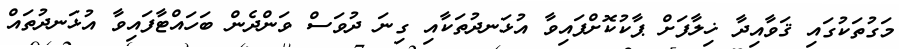
މަގުތަކުގައި ޤަވާއިދާ ޚިލާފަށް ޕާކުކޮށްފައިވާ އުޅަނދުތަކާއި ގިނަ ދުވަސް ވަންދެން ބަހައްޓާފައިވާ އުޅަނދުތައް